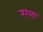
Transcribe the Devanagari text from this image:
नरमा